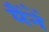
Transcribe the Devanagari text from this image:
मैंनें